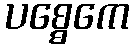
ပစ္စေကေ